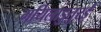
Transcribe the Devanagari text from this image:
मयिलाडुतुरई